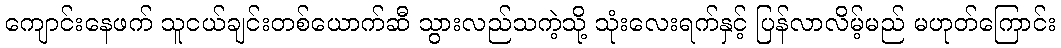
ကျောင်းနေဖက် သူငယ်ချင်းတစ်ယောက်ဆီ သွားလည်သကဲ့သို့ သုံးလေးရက်နှင့် ပြန်လာလိမ့်မည် မဟုတ်ကြောင်း